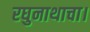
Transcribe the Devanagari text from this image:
रघुनाथाचा।